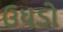
ઉધડો